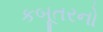
કબૂતરનો